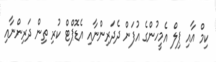
ކިމް އާއި ޕިލް އެމީހުންގެ އުފަން ދެދަރިންނާއި އެޑޮޕްޓް ކުރި ތިން ދަރިންނާއި